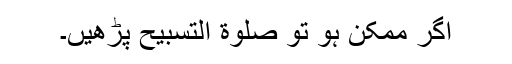
اگر ممکن ہو تو صلوٰة التسبیح پڑھیں۔